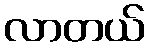
လာတယ်